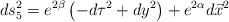
LaTeX: \begin{align*}ds^2_5=e^{2\beta}\left(-d\tau^2 + dy^2\right) + e^{2\alpha}d\vec{x}^2 \end{align*}